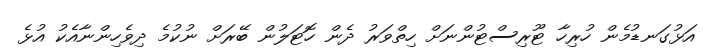
އަޅުގަނޑުމެން ހުރިހާ ޓޫރިސްޓުންނަށް ހިތްވަރު ދެން ހޮޓަލުން ބޭރަށް ނުކުމެ ދިވެހިންނާއެކު އުޅެ